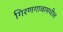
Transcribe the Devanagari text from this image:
गिरणगावामधील